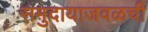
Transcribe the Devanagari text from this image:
समुदायाजवळची